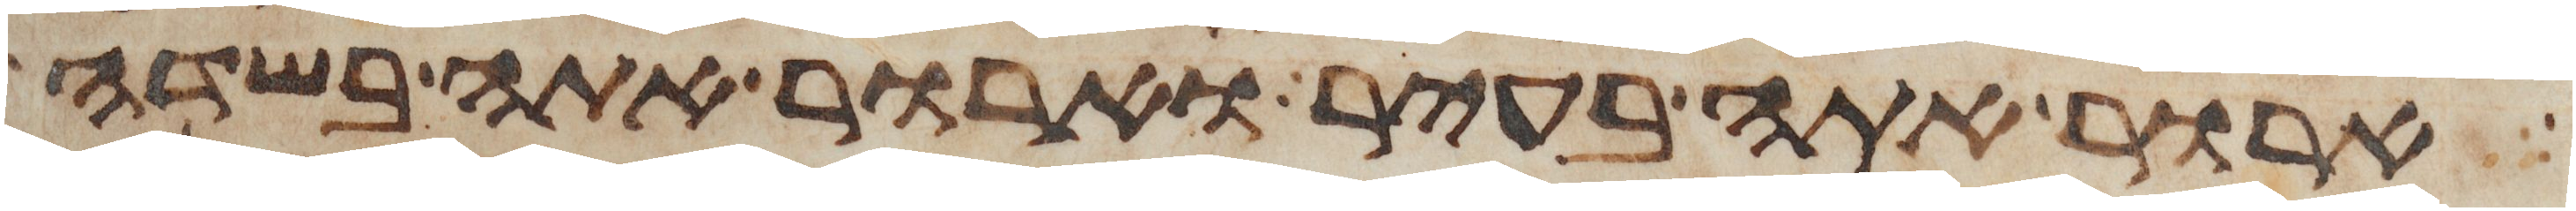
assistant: ארור אתה בעיר וארור אתה בשדה